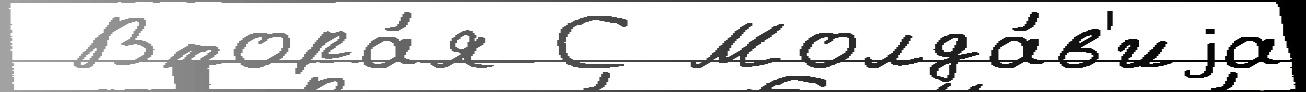
 Втора́я С Молда́в'иjа